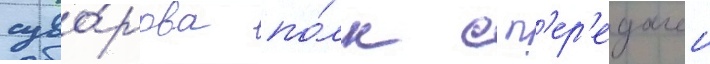
суво́рова по́лк с п'ер'едачеи